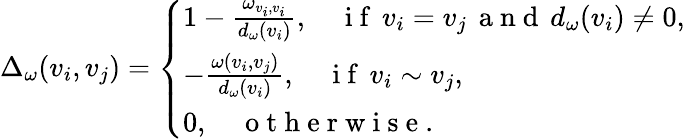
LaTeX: \Delta_{\omega}(v_{i},v_{j})=\left\{ \begin{array}{ll}{1-\frac{\omega_{v_{i},v_{i}}}{d_{\omega}(v_{i})},\quad\mathrm{~i~f~}\, v_{i}=v_{j}\, \mathrm{~a~n~d~}\, d_{\omega}(v_{i})\neq 0,}\\ {-\frac{\omega(v_{i},v_{j})}{d_{\omega}(v_{i})},\quad\mathrm{~i~f~}\, v_{i}\sim v_{j},}\\ {0,\quad\mathrm{~o~t~h~e~r~w~i~s~e~}.}\end{array}\right.